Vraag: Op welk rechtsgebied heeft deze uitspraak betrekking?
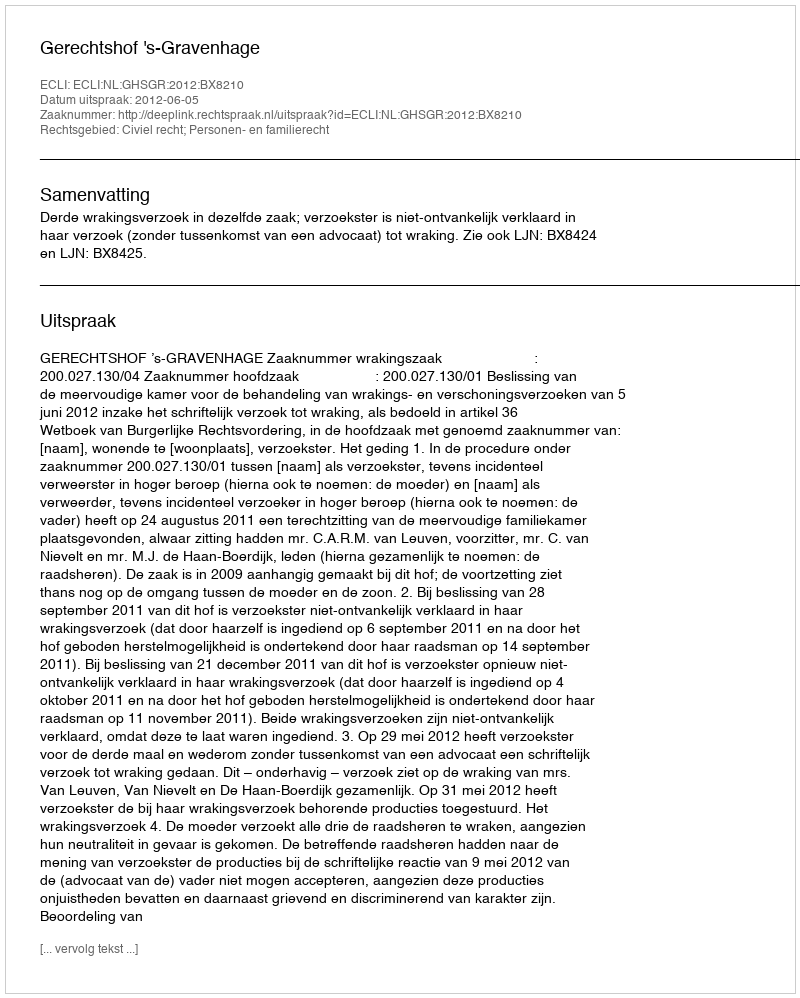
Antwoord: Civiel recht; Personen- en familierecht